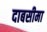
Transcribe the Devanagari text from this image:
दाबसीमा